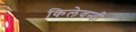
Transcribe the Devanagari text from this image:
किलेवन्दी